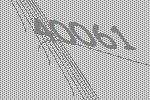
40061